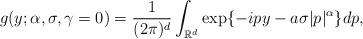
LaTeX: \begin{align*}g(y; \alpha, \sigma, \gamma=0)=\frac{1}{(2\pi)^{d}}\int_{\mathbb{R}^{d}}\exp\{-ipy - a \sigma |p|^{\alpha}\}dp,\end{align*}